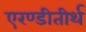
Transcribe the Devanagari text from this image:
एरण्डीतीर्थ